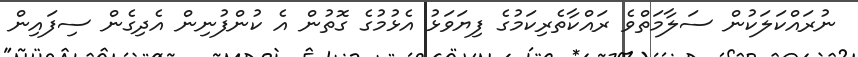
ނުރައްކަލަކުން ސަލާމަތްވެ ރައްކާތެރިކަމުގެ ފިޔަވަޅު އެޅުމުގެ ގޮތުން އެ ކުންފުނިން އެދިގެން ސިފައިން